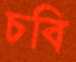
চবি